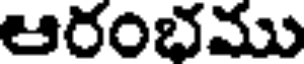
ఆరంభము